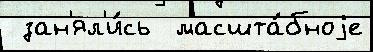
 зан'ял'и́сь  масшта́бноjе